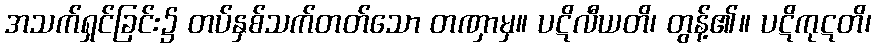
အသက်ရှင်ခြင်း၌ တပ်နှစ်သက်တတ်သော တဏှာမှ။ ပဋိလီယတိ၊ တွန့်၏။ ပဋိကုဋတိ၊